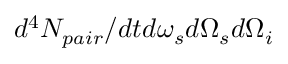
d ^ { 4 } N _ { p a i r } / d t d \omega _ { s } d \Omega _ { s } d \Omega _ { i }